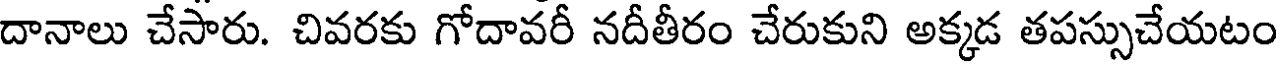
దానాలు చేసారు. చివరకు గోదావరీ నదీతీరం చేరుకుని అక్కడ తపస్సుచేయటం